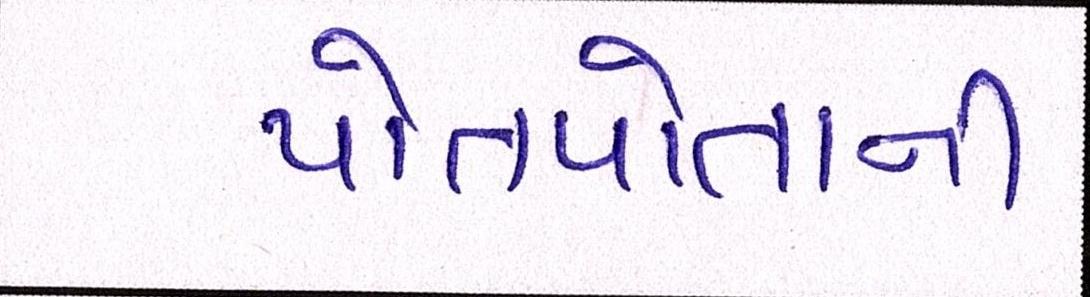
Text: પોતપોતાની